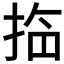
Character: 𱠀